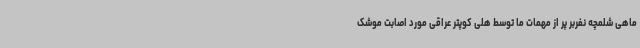
ماهی شلمچه نفربر پر از مهمات ما توسط هلی کوپتر عراقی مورد اصابت موشک